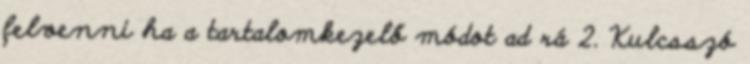
felvenni ha a tartalomkezelő módot ad rá 2. Kulcsszó